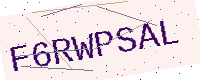
Text: F6RWPSAL